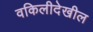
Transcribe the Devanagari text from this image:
वकिलीदेखील